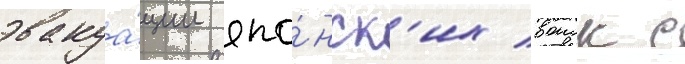
эвакуа́ции япо́нск'их воиск с